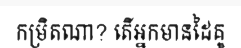
កម្រិតណា? តើអ្នកមានដៃគូ